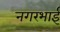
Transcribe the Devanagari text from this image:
नगरभाई